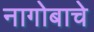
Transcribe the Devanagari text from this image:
नागोबाचे